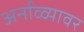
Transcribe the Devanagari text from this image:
अर्नाळ्यावर